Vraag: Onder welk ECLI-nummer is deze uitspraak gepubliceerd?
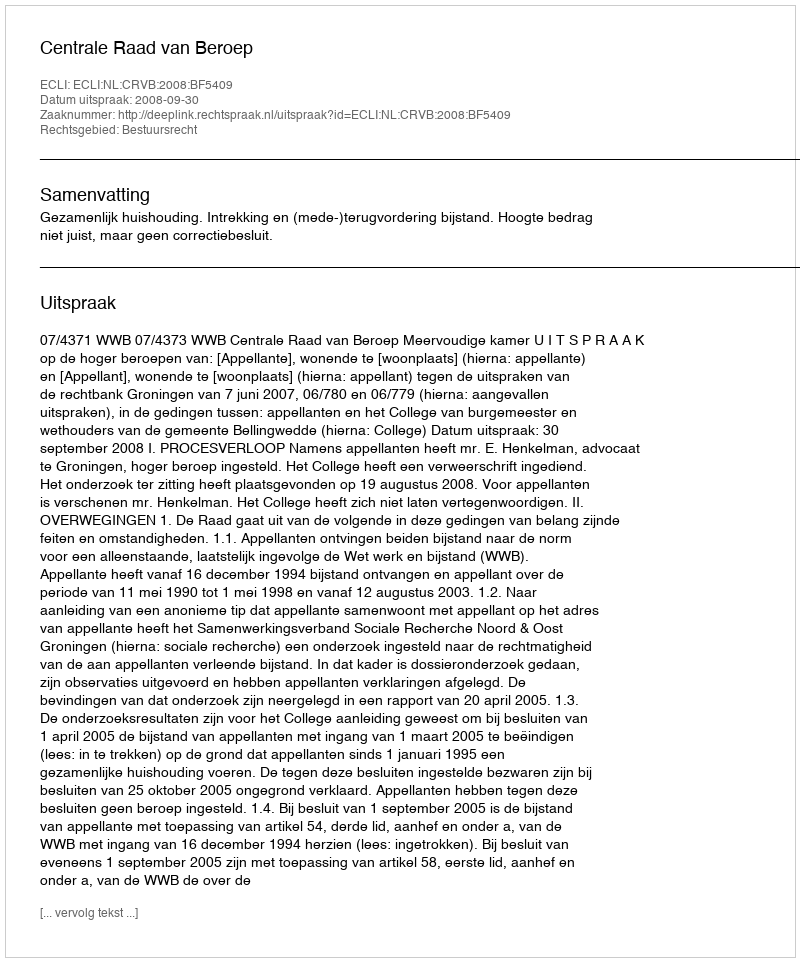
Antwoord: ECLI:NL:CRVB:2008:BF5409